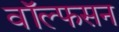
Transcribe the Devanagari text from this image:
वॉल्फसन